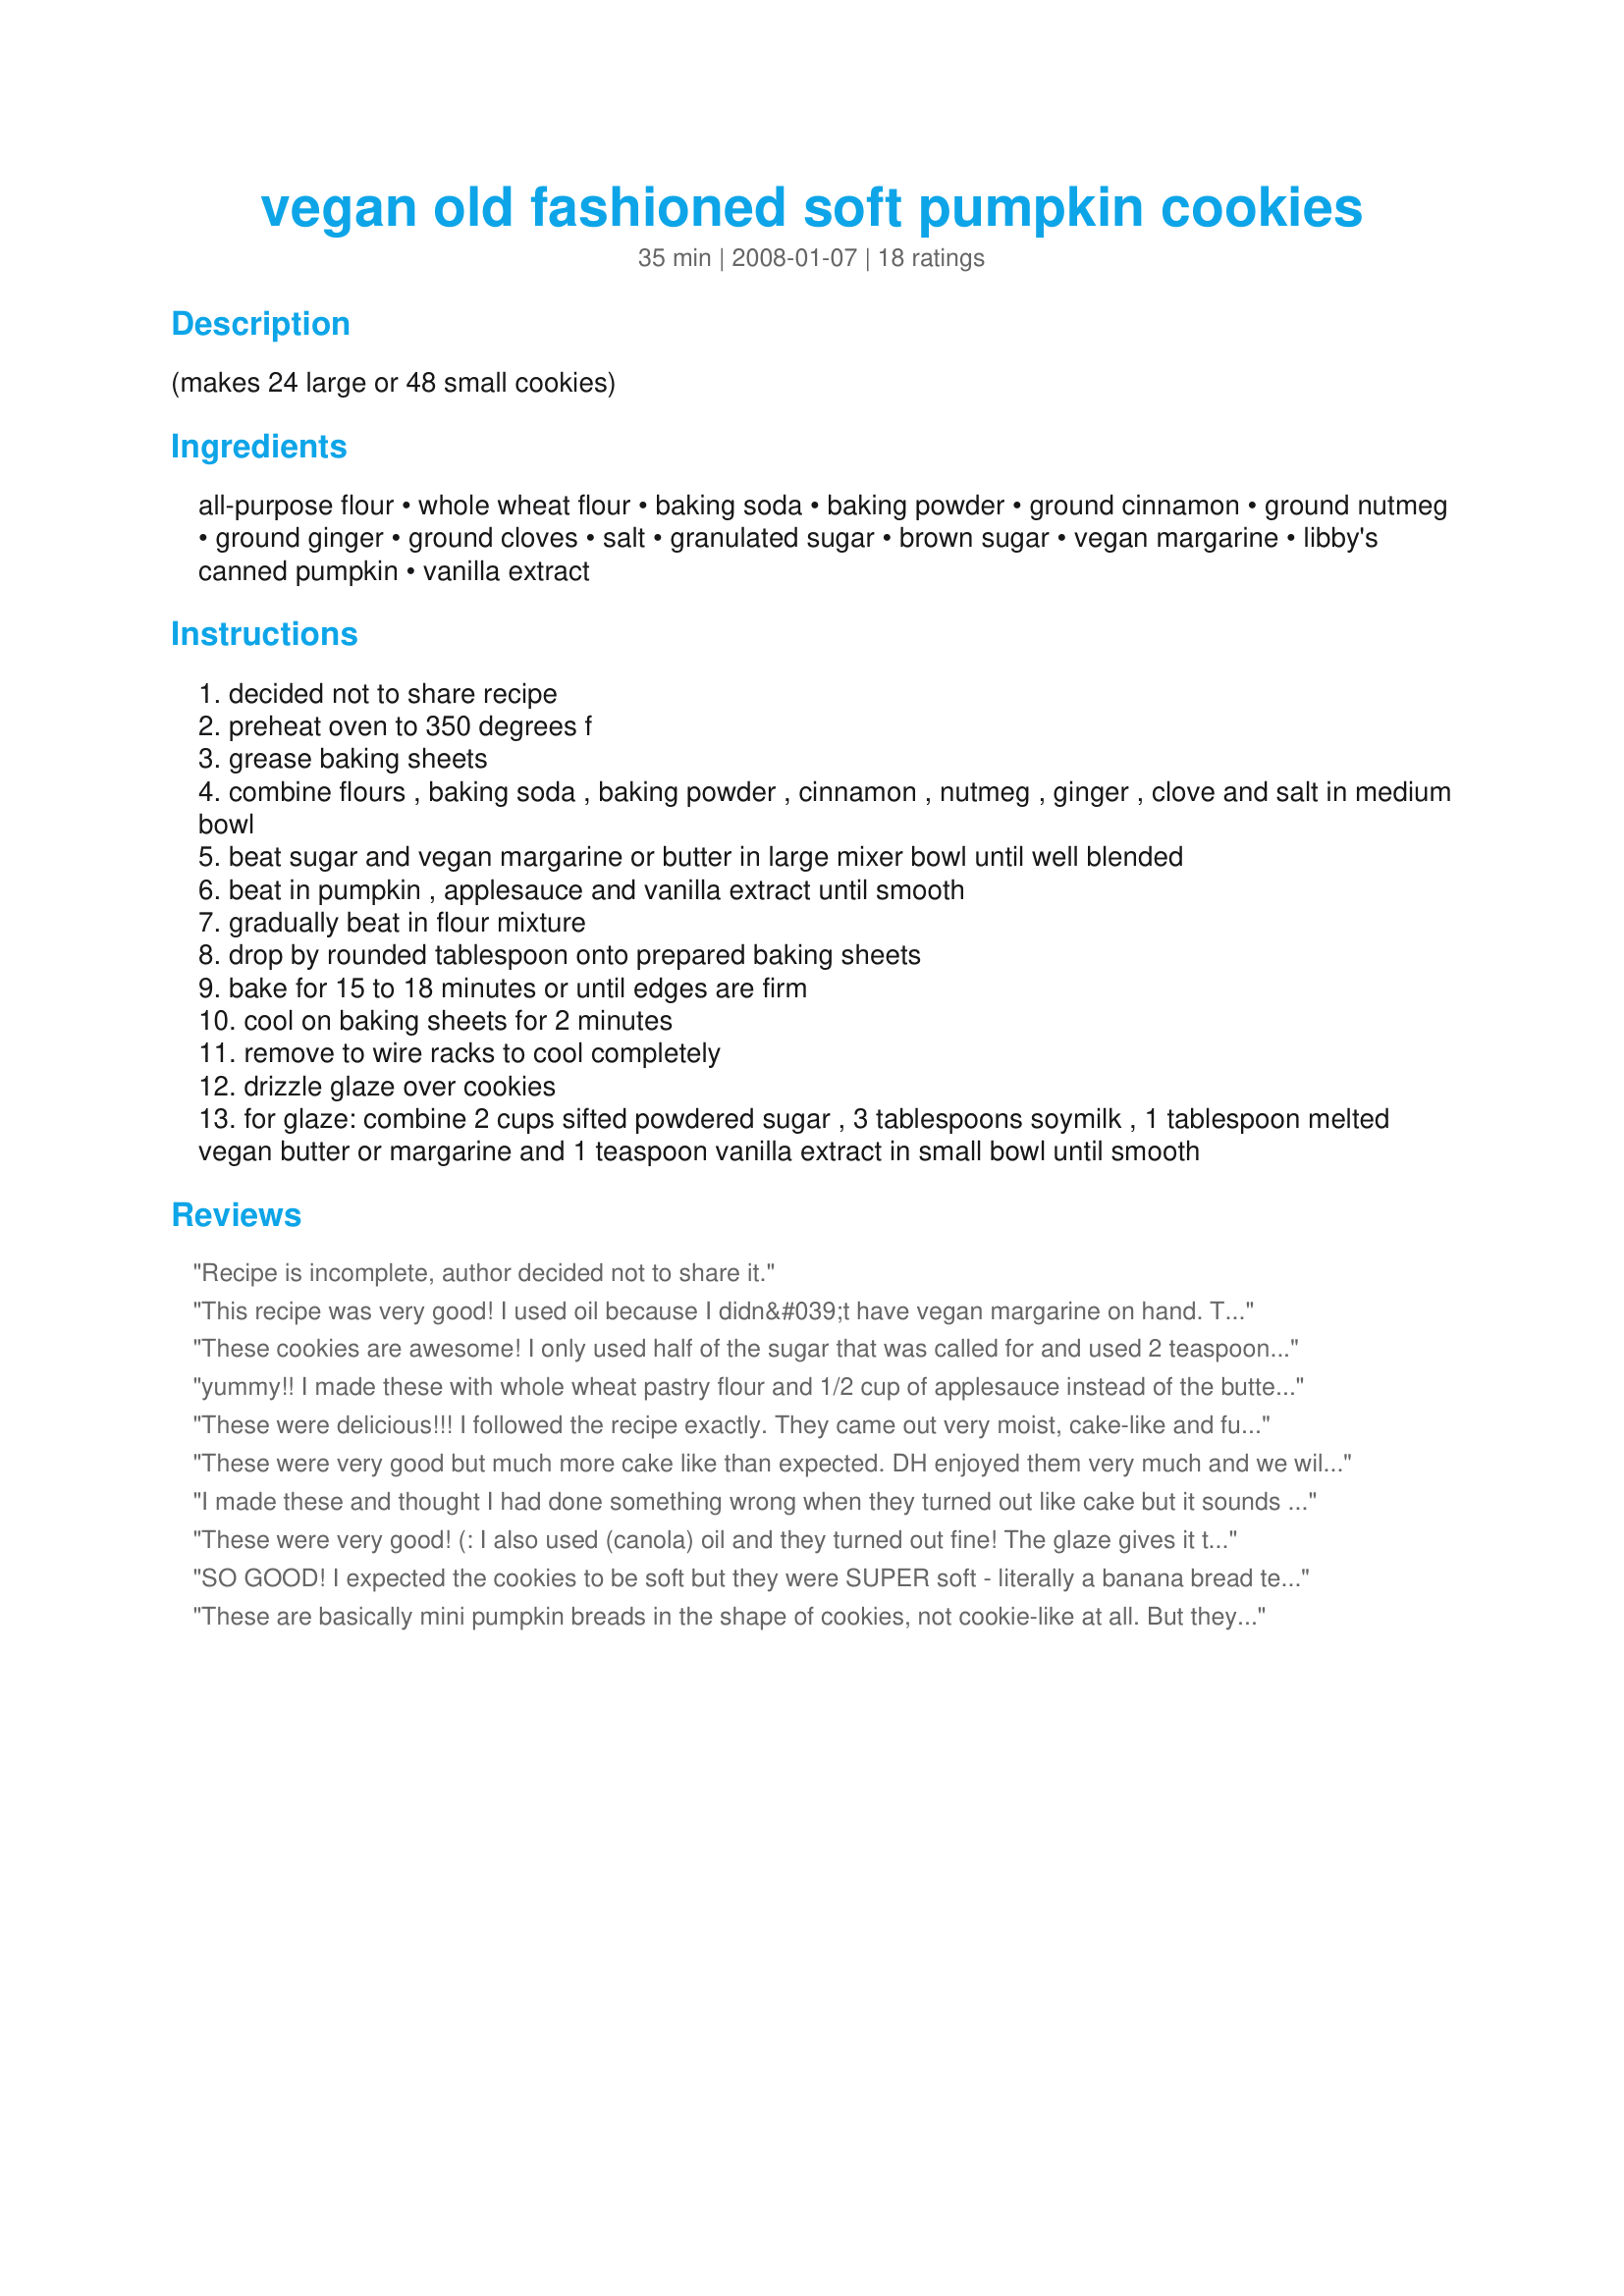
vegan old fashioned soft pumpkin cookies
Preparation time: 35 minutes

(makes 24 large or 48 small cookies)

Ingredients:
all-purpose flour, whole wheat flour, baking soda, baking powder, ground cinnamon, ground nutmeg, ground ginger, ground cloves, salt, granulated sugar, brown sugar, vegan margarine, libby's canned pumpkin, vanilla extract

Steps:
decided not to share recipe
preheat oven to 350 degrees f
grease baking sheets
combine flours , baking soda , baking powder , cinnamon , nutmeg , ginger , clove and salt in medium bowl
beat sugar and vegan margarine or butter in large mixer bowl until well blended
beat in pumpkin , applesauce and vanilla extract until smooth
gradually beat in flour mixture
drop by rounded tablespoon onto prepared baking sheets
bake for 15 to 18 minutes or until edges are firm
cool on baking sheets for 2 minutes
remove to wire racks to cool completely
drizzle glaze over cookies
for glaze: combine 2 cups sifted powdered sugar , 3 tablespoons soymilk , 1 tablespoon melted vegan butter or margarine and 1 teaspoon vanilla extract in small bowl until smooth

Reviews:
Recipe is incomplete, author decided not to share it.
This recipe was very good! I used oil because I didn&#039;t have vegan margarine on hand. Th ecokies were done pretty quickly, but they came out very tasty.
These cookies are awesome! I only used half of the sugar that was called for and used 2 teaspoons of pumpkin spice instead of the other individual spices. I put a small piece of vegan chocolate into the centre of each cookie. Thanks for sharing this recipe!!
yummy!! I made these with whole wheat pastry flour and 1/2 cup of applesauce instead of the butter or oil. Everyone loved them and they were sweet enough without any additional frosting.
These were delicious!!! I followed the recipe exactly. They came out very moist, cake-like and full of flavor. I loved the frosting on top! Thanks for the recipe!
These were very good but much more cake like than expected. DH enjoyed them very much and we will enjoy these again! Thanks for a fun & different cookie recipe!!
I made these and thought I had done something wrong when they turned out like cake but it sounds like everyone is having the same experience. They were still really tasty but I'm trying to make chewy cookies, not mini cakes and I would like to give them as gifts. Any suggestions on how to fix the texture?
These were very good! (:
I also used (canola) oil and they turned out fine! The glaze gives it the extra bit of sweetness and the soft/chewy texture was great. I also liked being able to make so many cookies at once. Thank you!
SO GOOD! I expected the cookies to be soft but they were SUPER soft - literally a banana bread texture. My sister said they were like the tops of muffins - which is great &#039;cuz that&#039;s everybody&#039;s favourite part! I will definitely be making them again as they were a hit.
These are basically mini pumpkin breads in the shape of cookies, not cookie-like at all. But they were still delicious and easy to make! They're just not the thing to make if you're looking for something cookie-like.
Delicious! I have made these for vegans and non-vegans and everyone had gobbled them up!
just made these for thanksgiving dinner, and they were a hit! they really are so soft and chewy, with just the right amount of spice. as for the glaze, i added a little more vanilla than recommended, which tempered the sweetness of the powdered sugar.

a good reminder: vegan cookies tend not to 'spread' while baking in the same way that ordinary cookies do. this could be helpful as you decide how big to make them, and how much to separate them by on the cookie sheet.
These were absolutely delicious! Brought them to a family dinner and everyone loved them. Will definitely make these again!
These were super good! I have made a lot of pumpkin cookie recipes and this is by far the best. I used oil instead of magarine and didn't use whole wheat flour. These are a soft cake like cookie and i piped the dough out of a bag with a star tip and sprinkled with turbinado sugar. yum!
Nice cookie for Halloween for an allergy kiddo. I added seasonal sprinkles to the top and cut down on the sugar. I used the unsweetened applesauce instead of butter and added a splash of oil. I also used pumpkin pie spice and gluten free flour. Next time I may throw in some chocolate chips. Good, adaptable recipe with a yummy texture.
These were the best pumpkin cookies I've ever had although I wont be making them very often because they have so much sugar, though they are a great holiday-season treat to bring to a party. I used a lot more spices than the recipe called for (1 tablespoon ginger, 1/2 teaspoon ground clove, 2 teaspoons cinnamon, 1/4 teaspoon allspice, and 2 tablespoons vanilla) and I thought they could still use more flavor. I used white whole wheat for all the flour. The cookies were also extremely moist and didn't quite have the normal consistency of cookies--maybe the cooking time was not long enough? The glaze also turned out clear, not the nice white kind you have in the picture. They were quite a hit though and I added this recipe to my recipezaar cookbook.

I made a double batch a second time to bring to a party and added a cup of coconut and sprinkled on turbinado sugar to add some texture. They went over very well and several people asked me for the recipe.
I was in the mood for something seasonal and was glad that I tried this recipe because it really hit the spot! Accidentally, I added a little too much pumpkin, but that was no problem; the cookies just turned out even more moist and delicious. I will definitely be making these again and again! Thanks for sharing!
I don't understand why yogurt is recommended as an ingredient. It's made from animal products, so I don't see how it can be okay for a vegan to eat.
